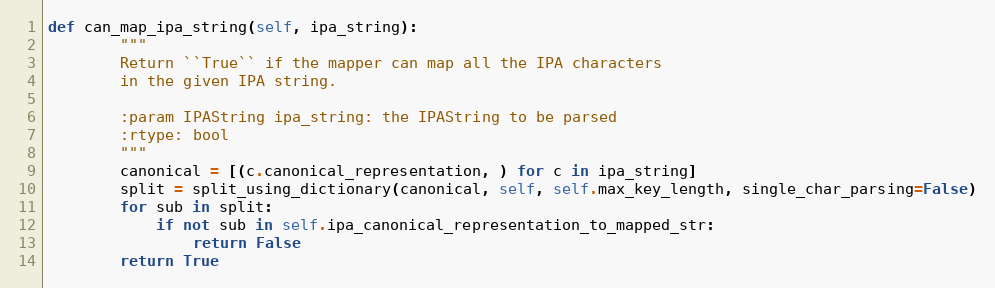
Language: Python
def can_map_ipa_string(self, ipa_string):
        """
        Return ``True`` if the mapper can map all the IPA characters
        in the given IPA string.

        :param IPAString ipa_string: the IPAString to be parsed
        :rtype: bool
        """
        canonical = [(c.canonical_representation, ) for c in ipa_string]
        split = split_using_dictionary(canonical, self, self.max_key_length, single_char_parsing=False)
        for sub in split:
            if not sub in self.ipa_canonical_representation_to_mapped_str:
                return False
        return True